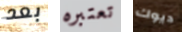
بعد تعتبره ديوك